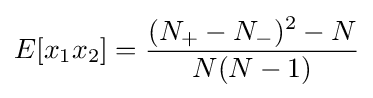
E[x_{1}x_{2}]={\frac {(N_{+}-N_{-})^{2}-N}{N(N-1)}}